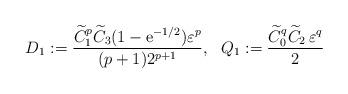
LaTeX: \begin{align*}D_1:=\frac{\widetilde{C}_1^p\widetilde{C}_3(1-\mathrm{e}^{-1/2})\varepsilon^p}{(p+1)2^{p+1}},\ \ Q_1:=\frac{\widetilde{C}_0^q\widetilde{C}_2\,\varepsilon^q}{2}\end{align*}